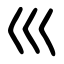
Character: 巛